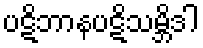
ပဋိဘာနပဋိသမ္ဘိဒါ